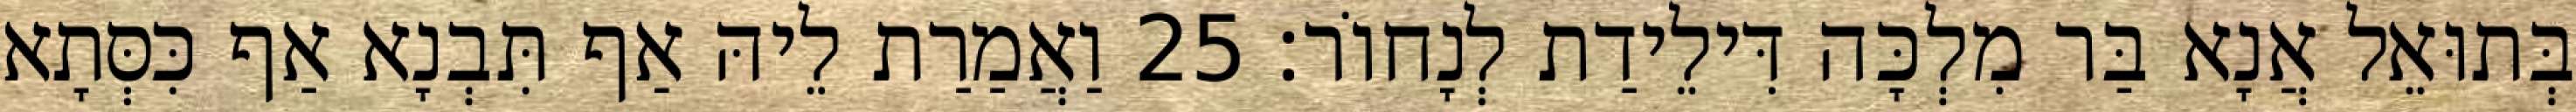
בְּתוּאֵל אֲנָא בַּר מִלְכָּה דִּילֵידַת לְנָחוֹר׃ 25 וַאֲמַרַת לֵיהּ אַף תִּבְנָא אַף כִּסְּתָא